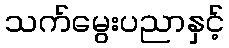
သက်မွေးပညာနှင့်